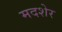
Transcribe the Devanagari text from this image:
मदशेर